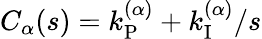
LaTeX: C_{\alpha}(s)=k_{\mathrm{P}}^{(\alpha)}+k_{\mathrm{I}}^{(\alpha)}/s